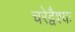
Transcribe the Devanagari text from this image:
चरेद्वैश्यः